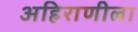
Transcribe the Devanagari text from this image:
अहिराणीला